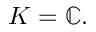
K = \mathbb { C } .